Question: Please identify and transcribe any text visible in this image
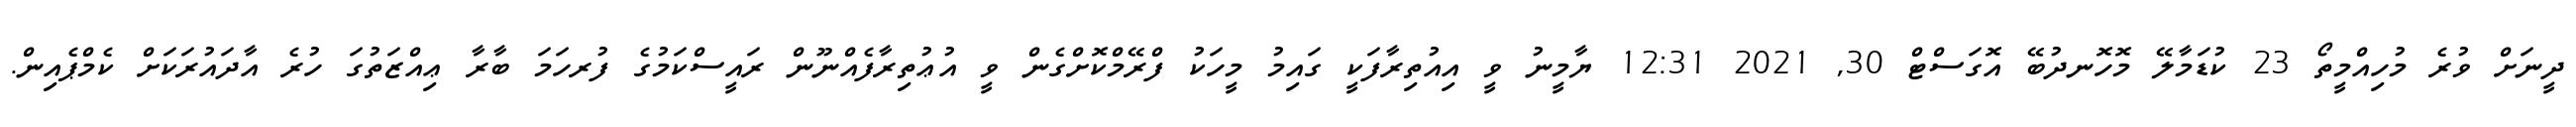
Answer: ދީނަށް ވުރެ މުހިއްމީތޯ 23 ކުޑަމާލޭ މޮހޮނދުބޭ އޮގަސްޓް 30, 2021 12:31 ޔާމީނު ވީ އިއުތިރާފަކީ ގައިމު މީހަކު ފްރޭމްކޮށްގެން ވީ އުޢުތިރާފެއްނޫން ރައީސްކަމުގެ ފުރހަމަ ބާރާ ޢިއްޒަތުގަ ހުރެ އާދައުރަކަށް ކެމްޕެއިން.